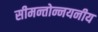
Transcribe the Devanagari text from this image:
सीमन्तोन्नयनीय